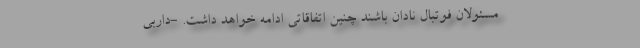
مسئولان فوتبال نادان باشند چنین اتفاقاتی ادامه خواهد داشت. -داربی